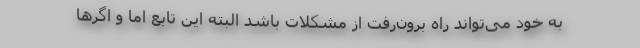
به خود می‌تواند راه برون‌رفت از مشکلات باشد البته این تابع اما و اگرها